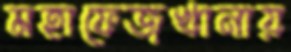
মহাফেজখানায়